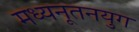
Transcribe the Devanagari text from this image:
मध्यनूतनयुग